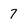
Character: 7